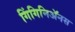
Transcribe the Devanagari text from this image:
गिंगिनिॲनस